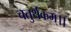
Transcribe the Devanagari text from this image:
चतुर्थकम्।।